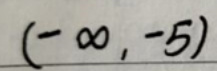
$(-\infty, -5)$